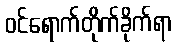
ဝင်ရောက်တိုက်ခိုက်ရာ